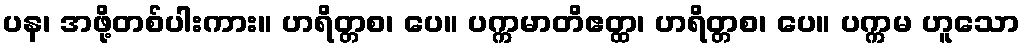
ပန၊ အဖို့တစ်ပါးကား။ ဟရိတ္တစ၊ ပေ။ ပက္ကမာတိဧတ္ထ၊ ဟရိတ္တစ၊ ပေ။ ပက္ကမ ဟူသော